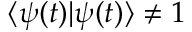
\langle \psi ( t ) | \psi ( t ) \rangle \neq 1